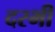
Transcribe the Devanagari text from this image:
दरभी